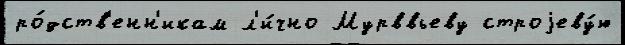
ро́дств'енн'икам л'и́чно Мурввьеву строjеву́ю